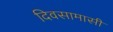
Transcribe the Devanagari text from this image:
दिवसामासी